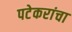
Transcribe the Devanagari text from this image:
पटेकरांचा